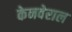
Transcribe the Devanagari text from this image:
केनवेराल